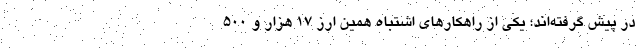
در پیش گرفته‌اند؛ یکی از راهکارهای اشتباه همین ارز ۱۷ هزار و ۵۰۰